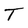
Character: T